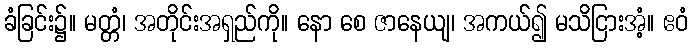
ခံခြင်း၌။ မတ္တံ၊ အတိုင်းအရှည်ကို။ နော စေ ဇာနေယျ၊ အကယ်၍ မသိငြားအံ့။ ဧဝံ